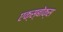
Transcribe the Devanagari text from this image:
एक्स्बोक्स